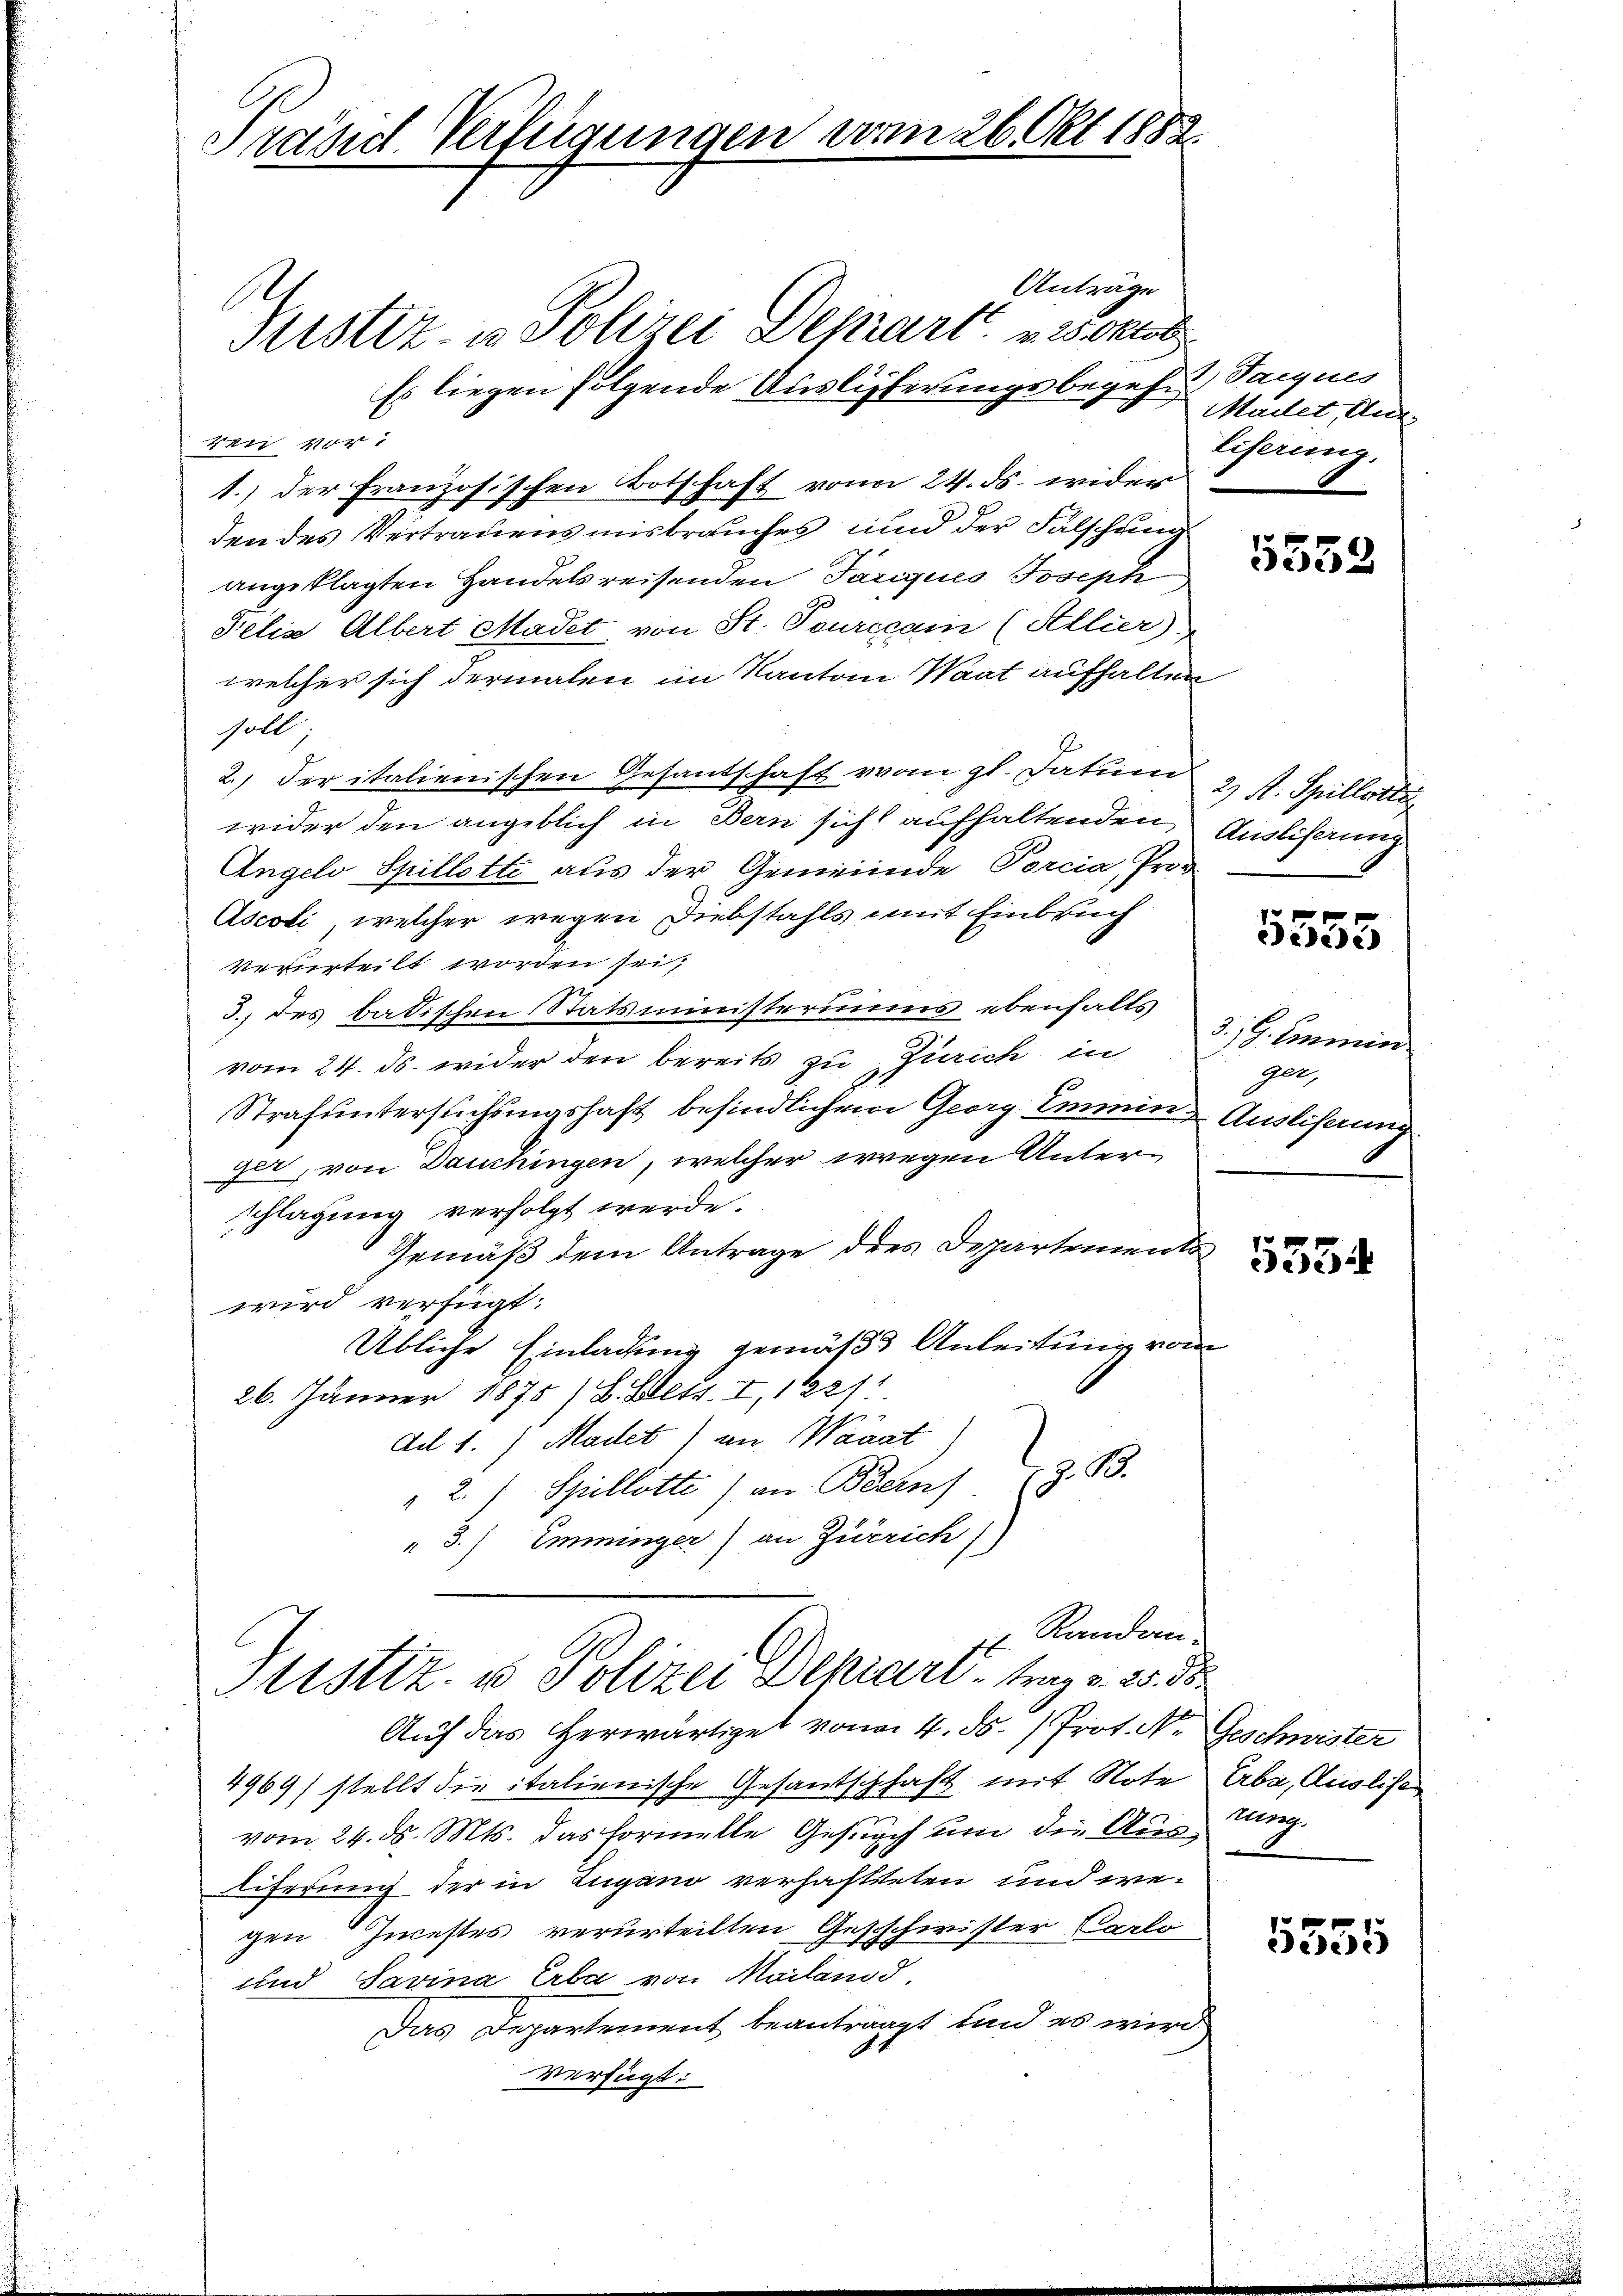
Prand Verfügungen vom 26. Okt 1883

Anträge
Justiz- u. Polizei Depart. 23 Oktob
Es liegen folgende Auslieferungsbegehn Tagen
ren vor:
1.) der Französischen Botschaft von 24. ds. wider
den des Vertrauensmisbrauches und der Falschung
angeklagten Handelsreisenden Tariques Joseph
Felis Albert Madet, von St. Peuricam (Allier)
welcher sich dermalen im Kanton Saat aufhalten
soll
2) der italienischen Gesantschaft vom gl. datum 2 st. Spillort
wider den angeblich in Bern sich aufhaltenden Auslisaung
Angelo Spillette aus der Gemeinde Porcia, Pro¬
Ascoli, welcher wegen Diebstahls mit Einbruch
verurteilt worden sei,
3.) des badischen Statsministeriums ebenfalls
vom 24. ds. wider den bereits zu Zürich in
Strafuntersuchungshaft befindlichen Georg Emmen Ausliserung
ger, von Douchingen, welcher wegen Unterschlagung verfolgt werde.
Gemäß dem Antrage dres Departements
wird verfügt:
Übliche Einladung gemäß Anleitung vom
26. Jänner 1875 / B. Bett. I, 1821

del 1.) Madet) an Waadt)
2.) Spiellotte) an Bern z. B.
 3.) Imminger) an Zürich)
x Randen
Stistiz- u Polizei Depart - Trage 25 d
Auf das herwärtiget von 4. ds. Prot. N. Geschwister
4969) stellt die italienische Gesandtschchaft mit Note Erbe, Ausliser
vom 24. ds. Mts. das formelle Gesuch um die Austung.

liferung der in Zugano verhafteten und wegen Incestes verurteilten Geschwister Carlo
und Savina Erba von Mailand,
Das Departement beantragt und es wird
verfügt:

Madet, Ann
Eiferung.

5552

5555

3.) G. Immin
ger,

5354

5555